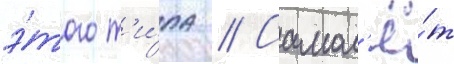
э́того т'и́па // Самол'ё́т